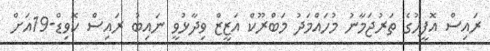
ރައިސް އޮފީހުގެ ތަރުޖަމާނު މުހައްމަދު މަބްރޫކް އަޒީޒް ވިދާޅުވީ ނައިބު ރައިސް ކޮވިޑް-19އަށް